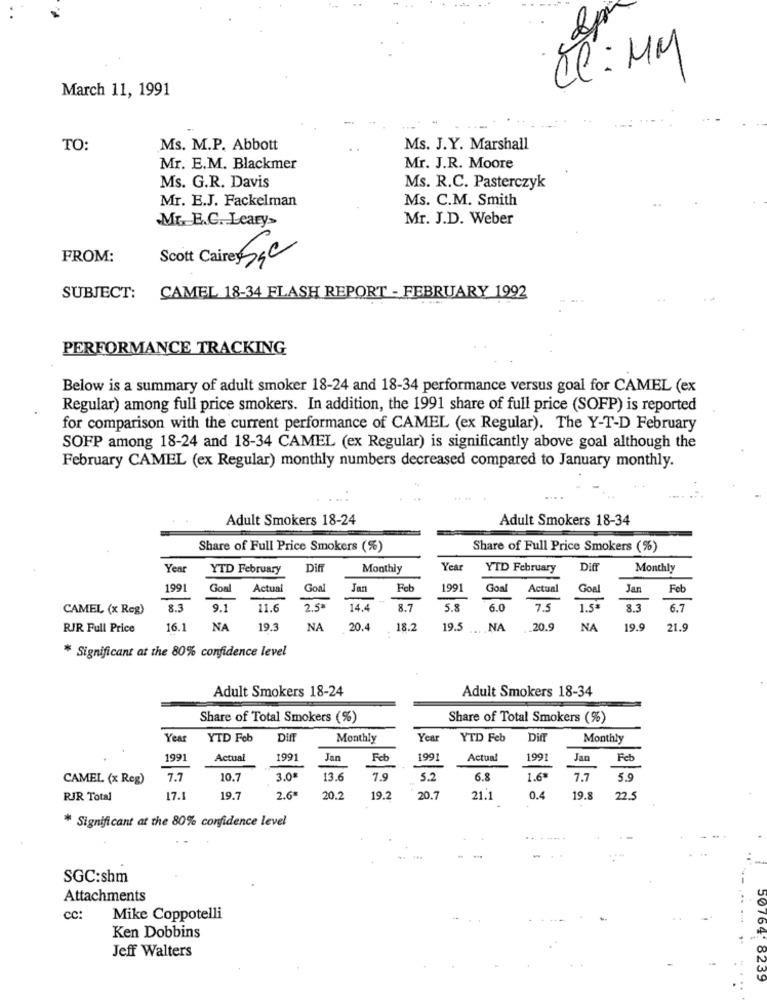
2p
CC: MM
March 11, 1991
TO:
Ms. M.P. Abbott
Ms. J.Y. Marshall
Mr. E.M. Blackmer
Mr. J.R. Moore
Ms. G.R. Davis
Ms. R.C. Pasterczyk
Mr. E.J. Fackelman
Ms. C.M. Smith
Mr. E.G. Leary>
Mr. J.D. Weber
FROM:
Scott Caire Sac
SUBJECT: CAMEL 18-34 FLASH REPORT - FEBRUARY 1992
PERFORMANCE TRACKING
Below is a summary of adult smoker 18-24 and 18-34 performance versus goal for CAMEL (ex
Regular) among full price smokers. In addition, the 1991 share of full price (SOFP) is reported
for comparison with the current performance of CAMEL (ex Regular). The Y-T-D February
SOFP among 18-24 and 18-34 CAMEL (ex Regular) is significantly above goal although the
February CAMEL (ex Regular) monthly numbers decreased compared to January monthly.
Adult Smokers 18-24
Adult Smokers 18-34
Share of Full Price Smokers (%)
Share of Full Price Smokers (%)
Yea
YTD February
Diff
Monthly
Year
YTD February
Diff
Monthly
199
Goal
Actual
Gon
Feb
1991
Goal
Actual
Goal
Jan
Feb
CAMEL (x Reg)
8.3
9.1
11.6
2.5#
14.4
8.7
5.8
6.0
7.5
1.5%
8.3
6.7
RJR Full Price
16 .:
NA
19.3
NA
20.4
18.2
19.5
NA
20.9
NA
19.9
21.9
* Significant at the 80% confidence level
Adult Smokers 18-24
Adult Smokers 18-34
Share of Total Smokers (%)
Share of Total Smokers (%)
Year
YTD Feb
DIff
Monthly
Year
YTD Feb
DifT
Monthly
1991
Actual
1991
Jan
Feb
1991
Actual
1991
Jan
Feb
CAMEL (x Reg)
7.7
10.7
3.0
3.6
79
5.2
6.8
1.6ª
7.7
59
RJR Total
17.
19.7
2.6ª
20.2
19.2
20.7
21.1
0.4
19.8
22.
* Significant at the 80% confidence level
...--..
SGC:shm
Attachments
cc:
Mike Coppotelli
Ken Dobbins
Jeff Walters
1239